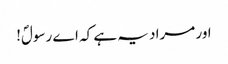
اور مراد یہ ہے کہ اے رسولؐ!